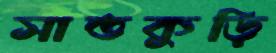
সাতকুড়ি